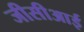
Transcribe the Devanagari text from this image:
जीसीआई